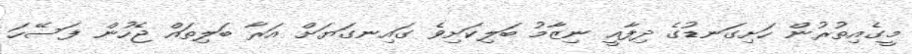
މީގެއިތުރުން ހަށިގަނޑުގެ ދިފާއީ ނިޒާމު ބަލިކަށިވެ ގައިނގަޔަށް އަރާ ބަލިތައް ޖެހުން ފަސޭހަ